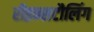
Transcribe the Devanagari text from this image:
रीइन्सटौलिंग